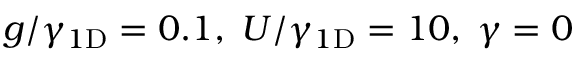
g / \gamma _ { 1 \mathrm { { D } } } = 0 . 1 , \; U / \gamma _ { 1 \mathrm { { D } } } = 1 0 , \; \gamma = 0